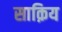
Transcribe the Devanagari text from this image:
साक़िय